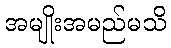
အမျိုးအမည်မသိ